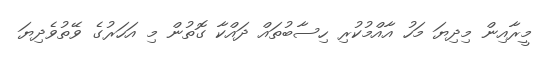
މީރާއިން މިދިޔަ މަހު އާއްމުކުރި ހިސާބުތައް ދައްކާ ގޮތުން މި އަހަރުގެ ވޭތުވެދިޔަ